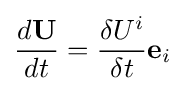
{\begin{aligned}{\frac {d\mathbf {U} }{dt}}={\frac {\delta U^{i}}{\delta t}}\mathbf {e} _{i}\\\end{aligned}}